Civil Veterinary Dept. Bombay admin report 1923-31 - 1923-1931
Year: 1923
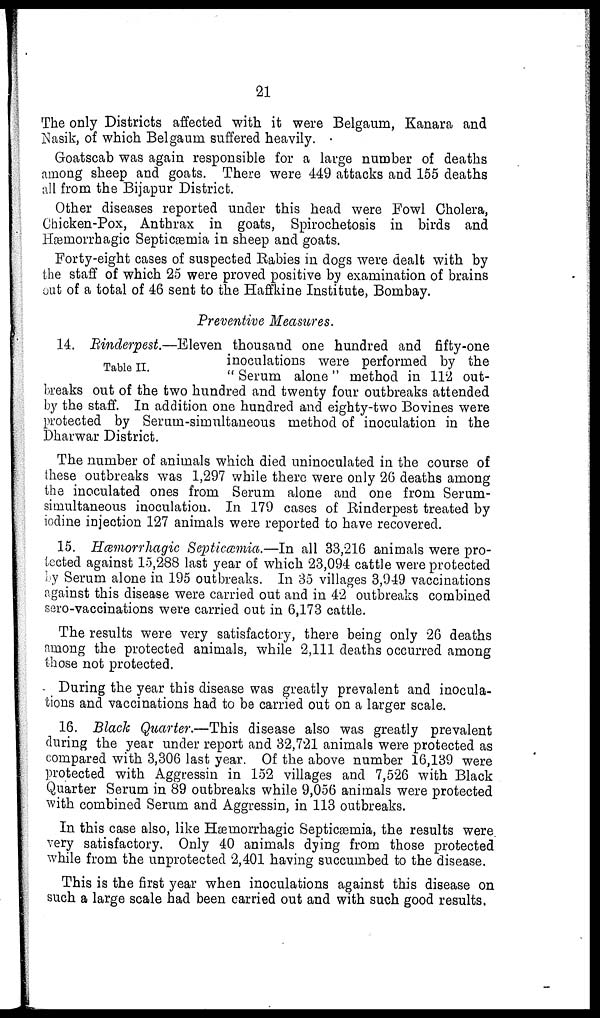
21
The only Districts affected with it were Belgaum, Kanara and
Nasik, of which Belgaum suffered heavily.
Goatscab was again responsible for a large number of deaths
among sheep and goats. There were 449 attacks and 155 deaths
all from the Bijapur District.
Other diseases reported under this head were Fowl Cholera,
Chicken-Pox, Anthrax in goats, Spirochetosis in birds and
Hæmorrhagic Septicæmia in sheep and goats.
Forty-eight cases of suspected Rabies in dogs were dealt with by
the staff of which 25 were proved positive by examination of brains
out of a total of 46 sent to the Haffkine Institute, Bombay.
Preventive Measures.
Table II.
14. Rinderpest.—Eleven thousand one hundred and fifty-one
inoculations were performed by the
"Serum alone" method in 112 out-
breaks out of the two hundred and twenty four outbreaks attended
by the staff. In addition one hundred and eighty-two Bovines were
protected by Serum-simultaneous method of inoculation in the
Dharwar District.
The number of animals which died uninoculated in the course of
these outbreaks was 1,297 while there were only 26 deaths among
the inoculated ones from Serum alone and one from Serum-
simultaneous inoculation. In 179 cases of Rinderpest treated by
iodine injection 127 animals were reported to have recovered.
15. Hæmorrhagic Septicæmia.—In all 33,216 animals were pro-
tected against 15,288 last year of which 23,094 cattle were protected
by Serum alone in 195 outbreaks. In 35 villages 3,949 vaccinations
against this disease were carried out and in 42 outbreaks combined
sero-vaccinations were carried out in 6,173 cattle.
The results were very satisfactory, there being only 26 deaths
among the protected animals, while 2,111 deaths occurred among
those not protected.
During the year this disease was greatly prevalent and inocula-
tions and vaccinations had to be carried out on a larger scale.
16. Black Quarter.—This disease also was greatly prevalent
during the year under report and 32,721 animals were protected as
compared with 3,306 last year. Of the above number 16,139 were
protected with Aggressin in 152 villages and 7,526 with Black
Quarter Serum in 89 outbreaks while 9,056 animals were protected
with combined Serum and Aggressin, in 113 outbreaks.
In this case also, like Hæmorrhagic Septicæmia, the results were
very satisfactory. Only 40 animals dying from those protected
while from the unprotected 2,401 having succumbed to the disease.
This is the first year when inoculations against this disease on
such a large scale had been carried out and with such good results.